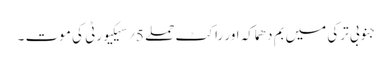
جنوبی ترکی میں بم دھماکہ اور راکٹ حملے 5؍سیکیورٹی کی موت ۔